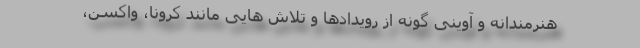
هنرمندانه و آوینی گونه از رویدادها و تلاش هایی مانند کرونا، واکسن،